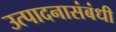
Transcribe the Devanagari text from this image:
उत्पादनासंबंधी